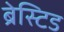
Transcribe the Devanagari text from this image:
ब्रेस्टिड